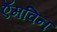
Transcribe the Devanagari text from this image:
ऍमविन